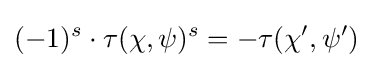
(-1)^{s}\cdot \tau (\chi ,\psi )^{s}=-\tau (\chi ',\psi ')